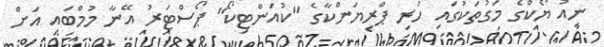
ނިއު ޔޯކްގެ މަގުތަކުގައި ހުރި ޕްރިޔަންކާގެ "ކުއަންޓިކޯ" ޕޯސްޓަރު އޭނާ މުމްބައި އަށް